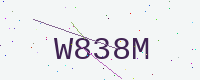
Text: W838M